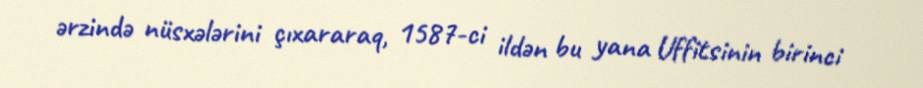
ərzində nüsxələrini çıxararaq, 1587-ci ildən bu yana Uffitsinin birinci